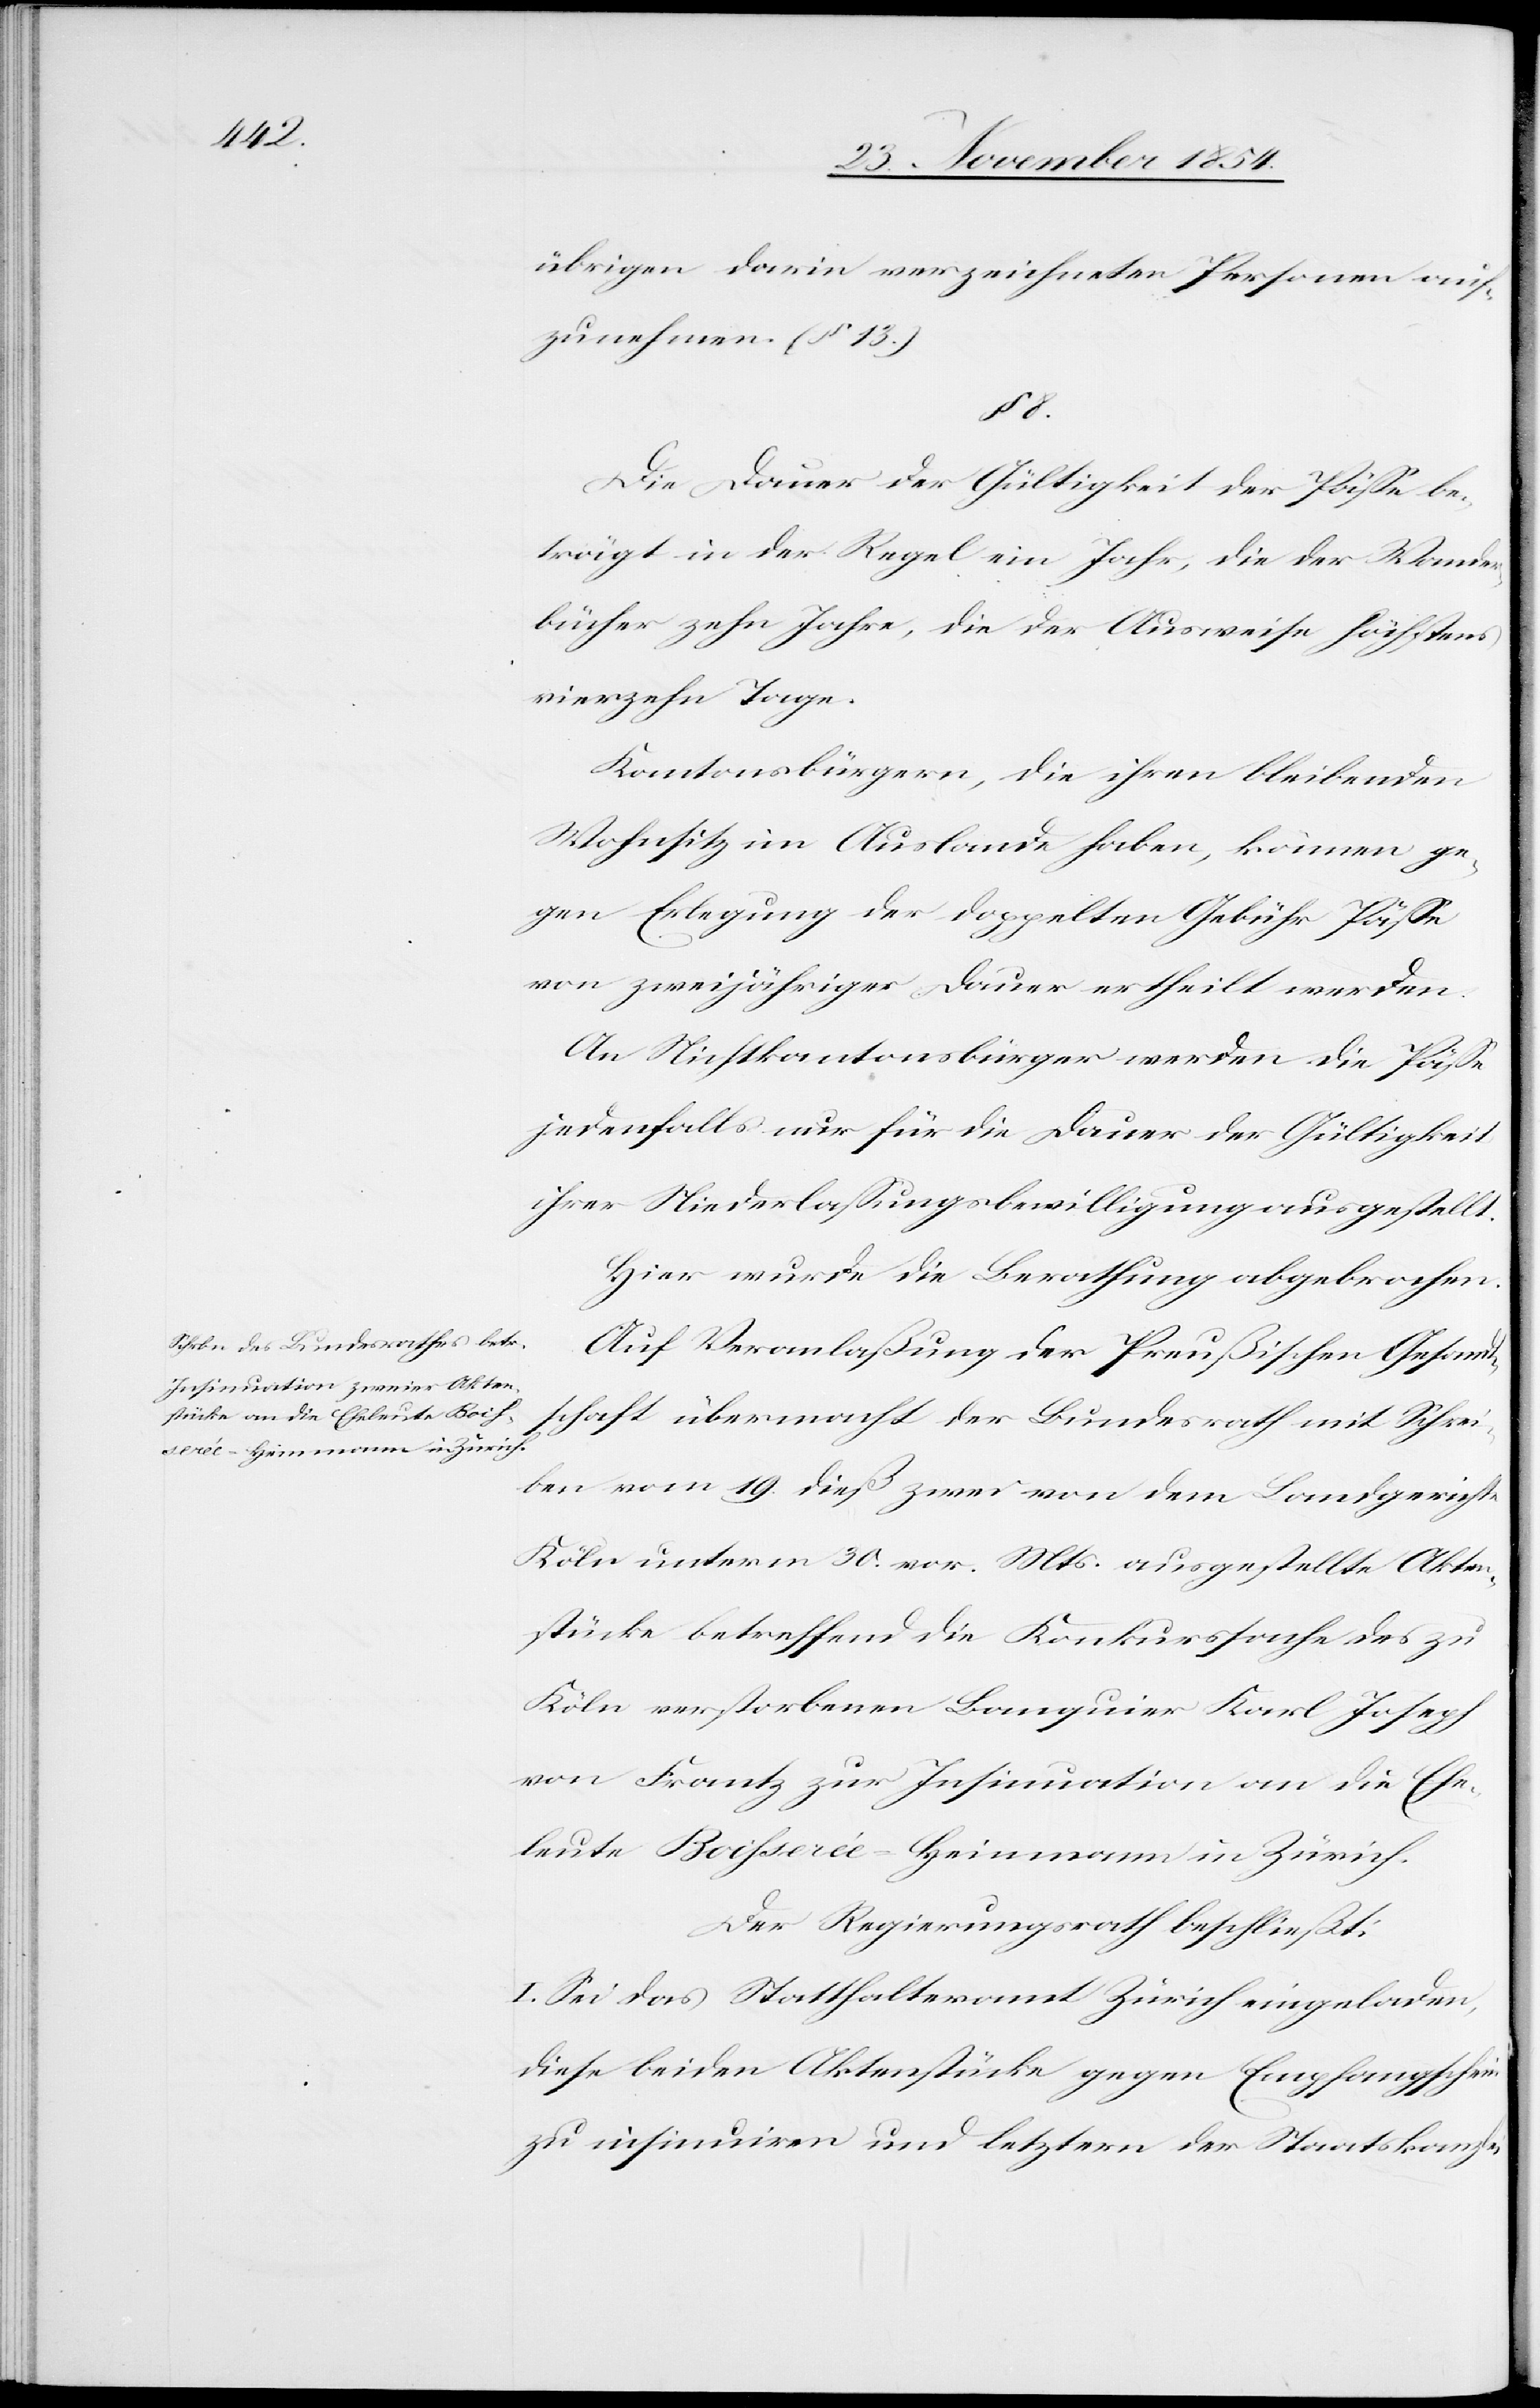
übrigen darin verzeichneten Personen auf¬
zunehmen. (§ 13.)
§ 8.
Die Dauer der Gültigkeit der Päße be¬
trägt in der Regel ein Jahr, die der Wander¬
bücher zehn Jahre, die der Ausweise höchstens
vierzehn Tage.
Kantonsbürgern, die ihren bleibenden
Wohnsitz im Ausland haben, können ge¬
gen Erlegung der doppelten Gebühr Päße
von zweijähriger Dauer ertheilt werden.
An Nichtkantonsbürger werden die Päße
jedenfalls nur für die Dauer der Gültigkeit
ihrer Niederlaßungsbewilligungen ausgestellt.
Hier wurde die Berathung abgebrochen.
Auf Veranlaßung der Preußischen Gesand¬
tschaft übermacht der Bundesrath mit Schrei¬
ben vom 19. dieß zwei von dem Landgerichte
Köln unterm 30. vor. Mts. ausgestellte Akten¬
stücke betreffend die Konkurssache des zu
Köln verstorbenen Banquier Karl Joseph
von Frantz zur Insinuation an die Ehe¬
leute Boihserée-Heinmann in Zürich.
Der Regierungsrath beschließt:
I. Sei das Statthalteramt Zürich eingeladen,
diese beiden Aktenstücke gegen Empfangschein
zu insinuiren und letztern der Staatskanzlei